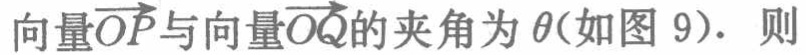
向量\(\overrightarrow{OP}\)与向量\(\overrightarrow{OQ}\)的夹角为\(\theta\)(如图 9). 则